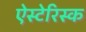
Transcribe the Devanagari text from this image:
ऐस्टेरिस्क